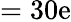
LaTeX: =30\mathrm{e}